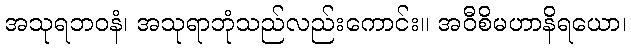
အသုရဘဝနံ၊ အသုရာဘုံသည်လည်းကောင်း။ အဝီစိမဟာနိရယော၊